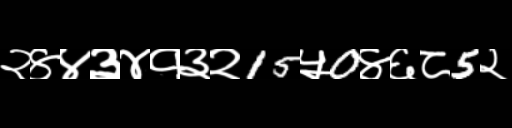
Text: २४४३४१३२15५0४६८5२